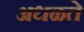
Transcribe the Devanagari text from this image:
अधळते